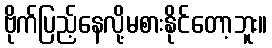
ဗိုက်ပြည့်နေလို့မစားနိုင်တော့ဘူး။